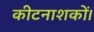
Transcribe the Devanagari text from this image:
कीटनाशकों।